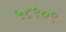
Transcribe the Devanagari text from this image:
५८९०९